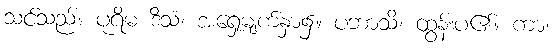
သင်သည်။ ပုရိမံ ဒိသံ၊ အရှေ့မျက်နှာ၌။ ပဘာသိ၊ ထွန်းပ၏။ ကာ၊